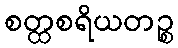
စတ္ထစရိယတဉ္စ